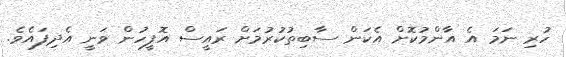
ހުރި ނަމަ އެ އާންމުކޮށް އެކަން ސާބިތުކުރުމަށް ރައީސް އޮފީހުން ވަނީ އެދިފައެވެ.